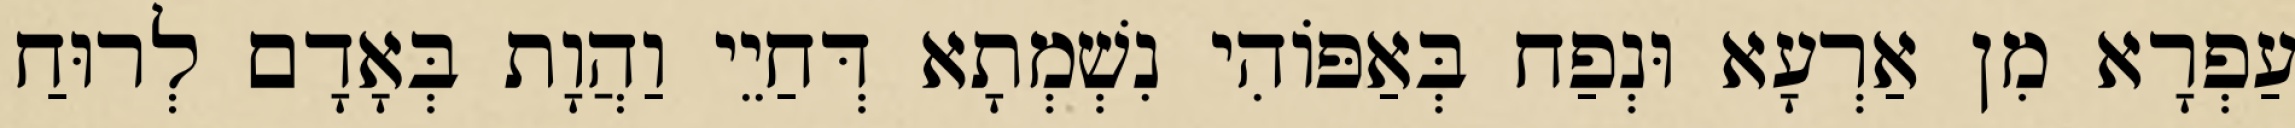
עַפְרָא מִן אַרְעָא וּנְפַח בְּאַפּוֹהִי נִשְׁמְתָא דְּחַיֵי וַהֲוָת בְּאָדָם לְרוּחַ